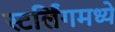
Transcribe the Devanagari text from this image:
स्टर्लिंगमध्ये